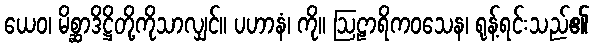
ယေဝ၊ မိစ္ဆာဒိဋ္ဌိတို့ကိုသာလျှင်။ ပဟာနံ၊ ကို။ ဩဠာရိကဝသေန၊ ရုန့်ရင်းသည်၏